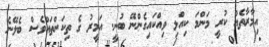
އިމާރާތެއް ކުރީ މަންމަ ކިއްލި ވިއްކައިގެންނޭ ބުނީ. އަމީރު ގެ ތިކަންތައްވެސް ބެލޭނެ